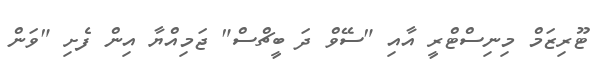
ޓޫރިޒަމް މިނިސްޓްރީ އާއި "ސޭވް ދަ ބީޗްސް" ޖަމިއްޔާ އިން ފެށި "ވަން